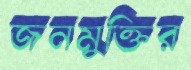
জনমুক্তির